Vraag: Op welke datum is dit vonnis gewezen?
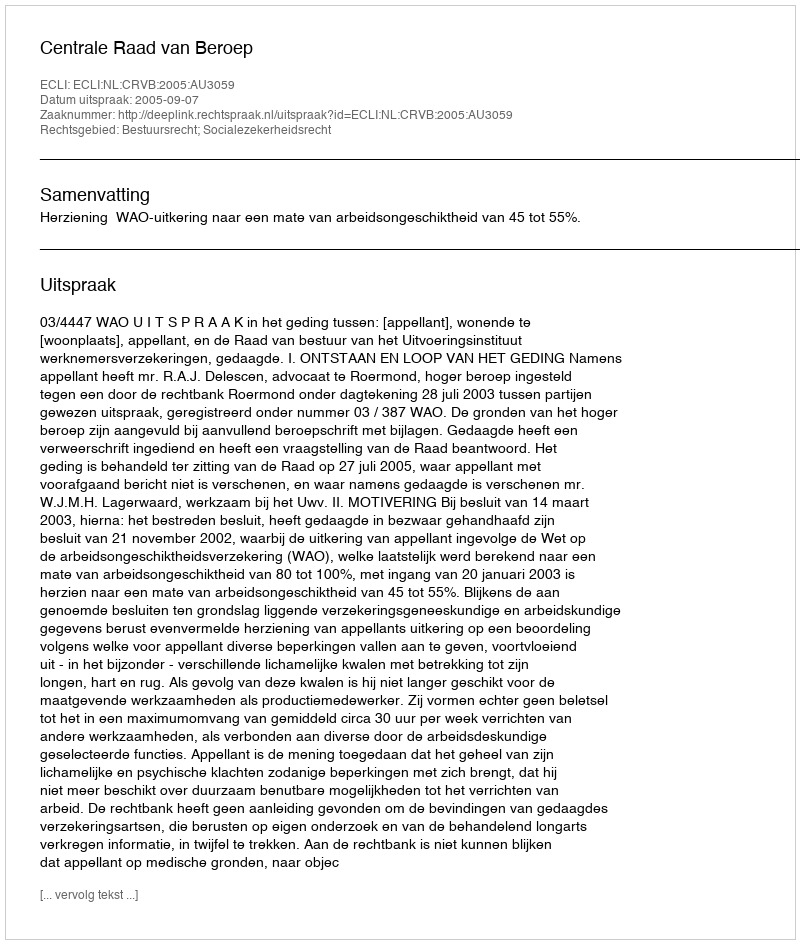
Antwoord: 2005-09-07